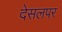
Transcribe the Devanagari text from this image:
देसलपर